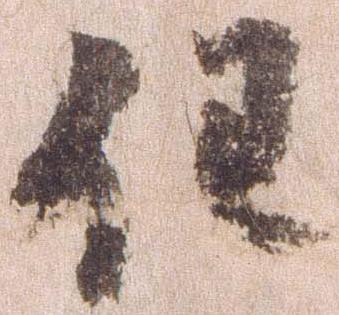
任